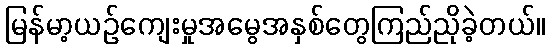
မြန်မာ့ယဉ်ကျေးမှုအမွေအနှစ်တွေကြည်ညိုခဲ့တယ်။